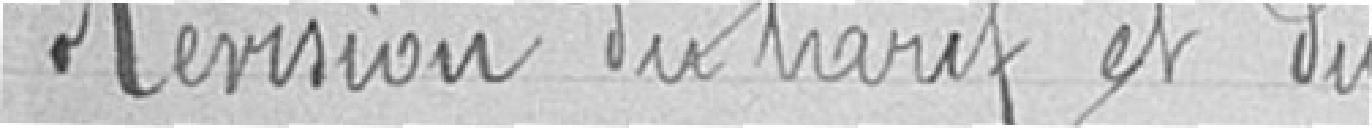
Révision du tarif et du